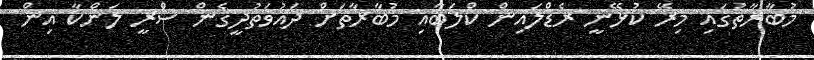
މުބާރާތުގައި މިރޭ ކުޅޭނީ ރެޑްލައިން ކްލަބާއި މުބާރާތަށް ދައުވަތުދީގެން ސްރީ ލަންކާ އިން